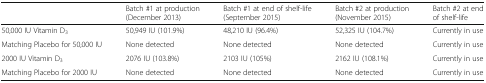
<table><thead><tr><td></td><td><b>Batch #1 at production (December 2013)</b></td><td><b>Batch #1 at end of shelf-life (September 2015)</b></td><td><b>Batch #2 at production (November 2015)</b></td><td><b>Batch #2 at end of shelf-life</b></td></tr></thead><tbody><tr><td>50,000 IU Vitamin D<sub>3</sub></td><td>50,949 IU (101.9%)</td><td>48,210 IU (96.4%)</td><td>52,325 IU (104.7%)</td><td>Currently in use</td></tr><tr><td>Matching Placebo for 50,000 IU</td><td>None detected</td><td>None detected</td><td>None detected</td><td>Currently in use</td></tr><tr><td>2000 IU Vitamin D<sub>3</sub></td><td>2076 IU (103.8%)</td><td>2103 IU (105%)</td><td>2162 IU (108.1%)</td><td>Currently in use</td></tr><tr><td>Matching Placebo for 2000 IU</td><td>None detected</td><td>None detected</td><td>None detected</td><td>Currently in use</td></tr></tbody></table>